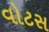
વોટસ